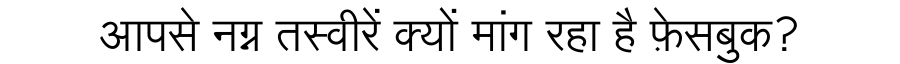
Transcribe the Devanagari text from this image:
आपसे नग्न तस्वीरें क्यों मांग रहा है फ़ेसबुक?